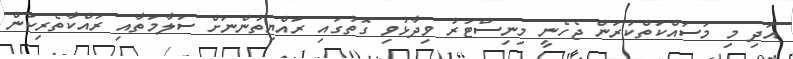
އަދި މި މަސައްކަތްކުރަން ޖެހެނީ މިނިސްޓަރު ވިދާޅުވި ގޮތުގައި ރައްޔިތުންނަށް ސަލާމަތާއި ރައްކާތެރިކަން